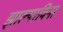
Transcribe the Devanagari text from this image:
झाल्याविना